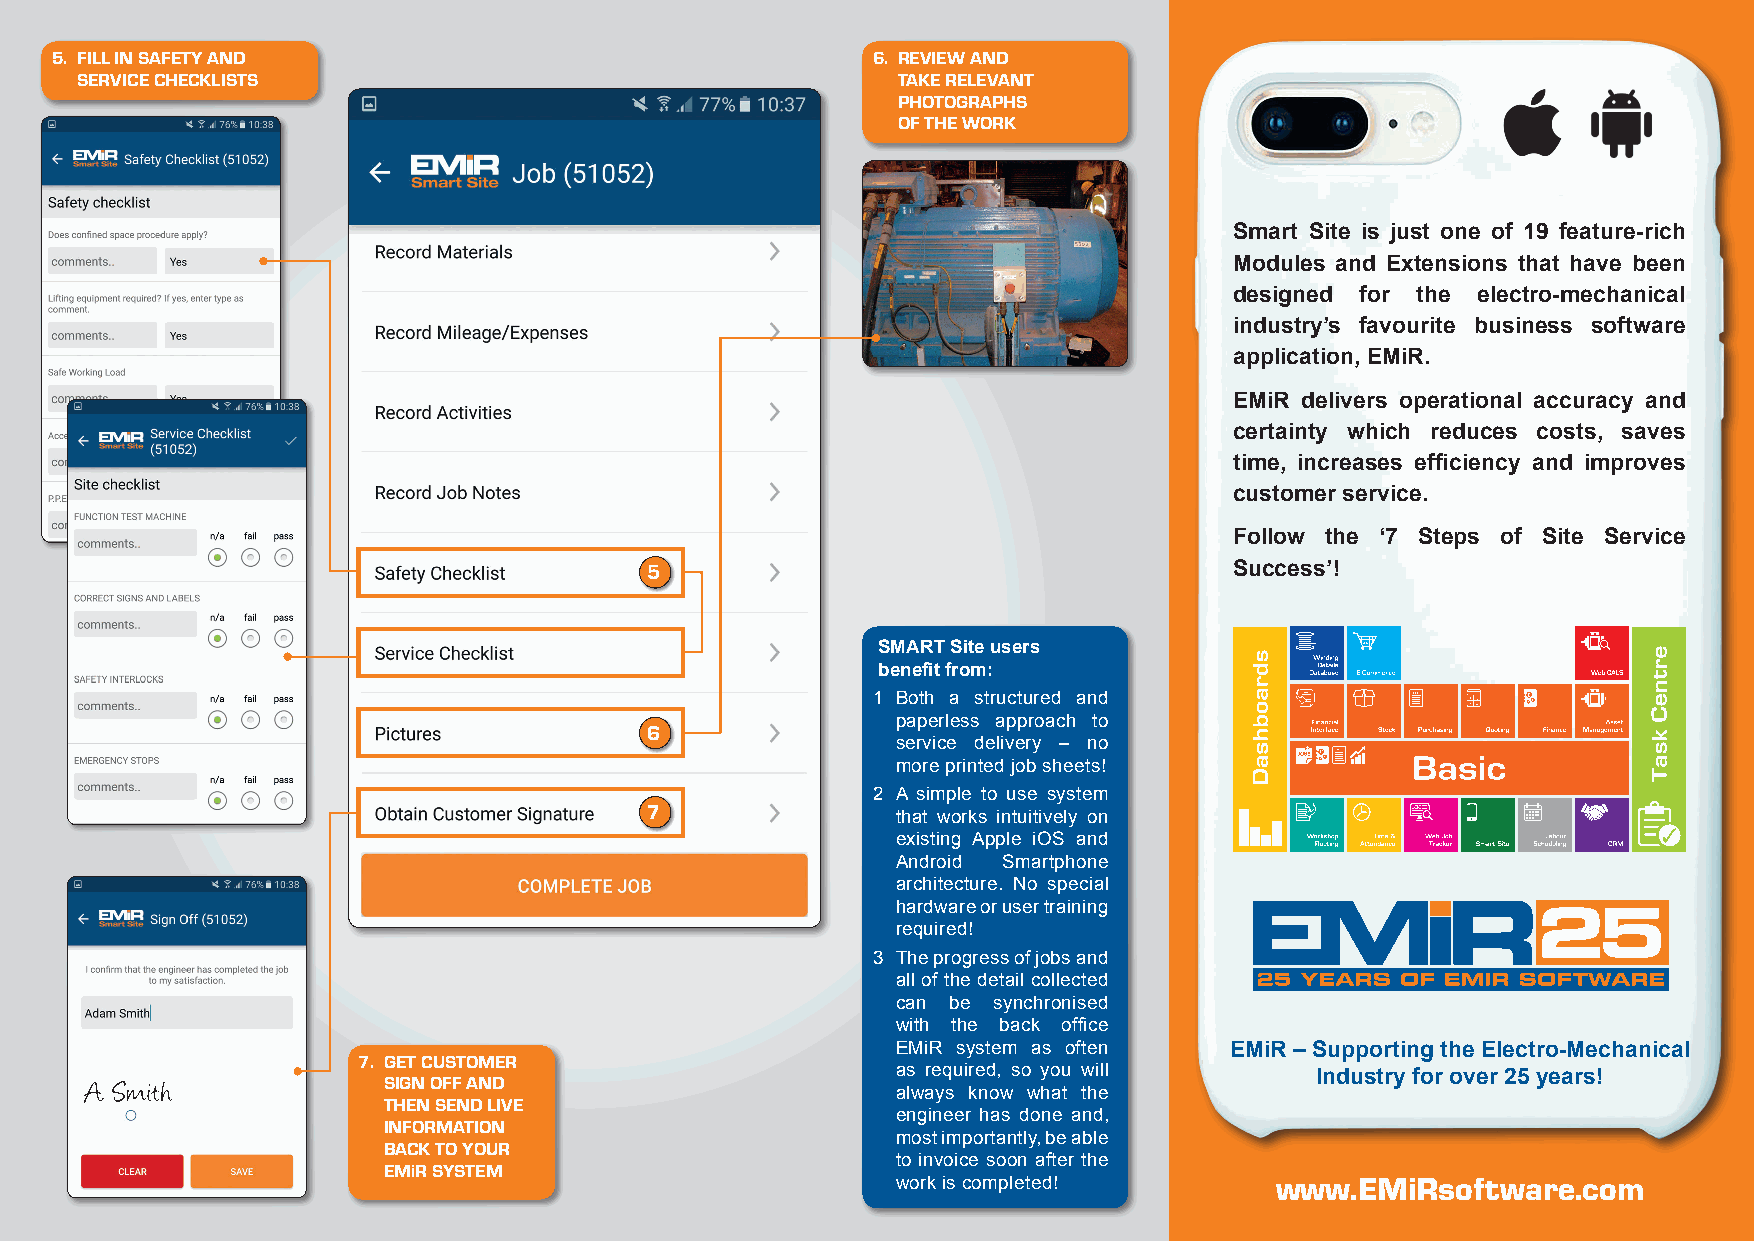
5. FILL IN SAFETY AND                                  6. REVIEW AND
 SERVICE CHECKLISTS                                    TAKE RELEVANT
 PHOTOGRAPHS
 OF THE WORK
 Smart Site is just one of 19 feature-rich
 Modules and Extensions that have been
 designed for the electro-mechanical
 industry’s favourite business software
 application, EMiR.
 EMiR delivers operational accuracy and
 certainty which reduces costs, saves
 time, increases efficiency and improves
 customer service.
 Follow the ‘7 Steps of Site Service
 5                                      Success’!
 SMART Site users
 benefit from:
 1 Both a structured and
 paperless approach to
 6
 service delivery – no
 more printed job sheets!
 2 A simple to use system
 7
 that works intuitively on
 existing Apple iOS and
 Android Smartphone
 architecture. No special
 hardware or user training
 required!
 3 The progress of jobs and
 all of the detail collected
 can be synchronised
 with the back office
 EMiR system as often  EMiR – Supporting the Electro-Mechanical
 7. GET CUSTOMER
 as required, so you will
 SIGN OFF AND                                                  Industry for over 25 years!
 always know what the
 THEN SEND LIVE
 engineer has done and,
 INFORMATION
 most importantly, be able
 BACK TO YOUR
 to invoice soon after the
 EMiR SYSTEM
 work is completed!       www.EMiRsoftware.com